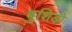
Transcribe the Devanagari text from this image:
बुशिडो